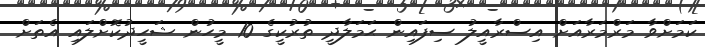
ކަމަށްވާ މަރްމަރާއަށް އިސްރާއީލު ސިފައިން ޙަމަލާދީ ތުރުކީގެ 10 މީހުން ޝަހީދުކޮށްލައި އެތަށް